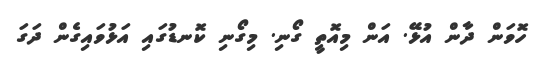
ހޮވަން ދާން އުޅޭ. އަން މިއޮތީ ގޯނި. މިގޯނި ކޮނޑުގައި އަޅުވައިގެން ދަގަ